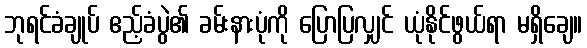
ဘုရင်ခံချုပ် ဧည့်ခံပွဲ၏ ခမ်းနားပုံကို ပြောပြလျှင် ယုံနိုင်ဖွယ်ရာ မရှိချေ။